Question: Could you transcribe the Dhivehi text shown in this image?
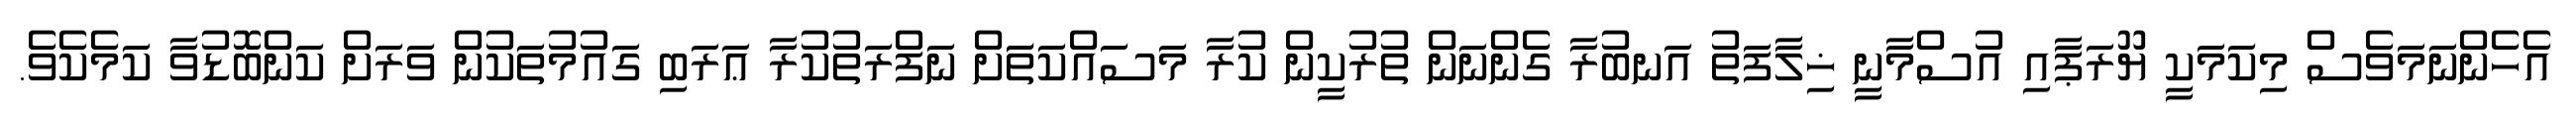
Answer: އެހެންނަމަވެސް މިކަމަކީ ޔޫރަޕާއި އުސްމާނީ ޚިލާފަތު އަނބުރާ ގެންނަން ތުރުކީން ކުރާ މަސައްކަތަަށް ނަފްރަތުކުރާ ޢަރަބި ގައުމުތަކުން ވަރަށް ކަންބޮޑުވާ ކަމެކެވެ.